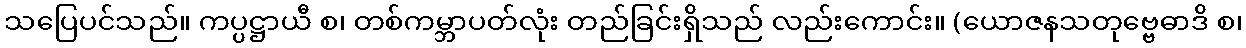
သပြေပင်သည်။ ကပ္ပဋ္ဌာယီ စ၊ တစ်ကမ္ဘာပတ်လုံး တည်ခြင်းရှိသည် လည်းကောင်း။ (ယောဇနသတုဗ္ဗေဓာဒိ စ၊